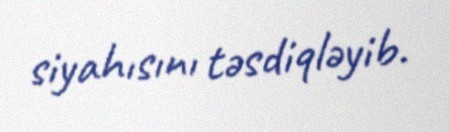
siyahısını təsdiqləyib.